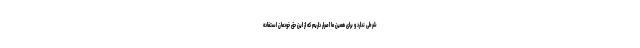
شرطی ندارد و برای همین ما اصرار داریم که از این حق خودمان استفاده